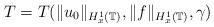
LaTeX: \begin{align*}T = T(\|u_0\|_{H^1_x(\mathbb{T})}, \|f\|_{H^{1}_x(\mathbb{T})}, \gamma)\end{align*}